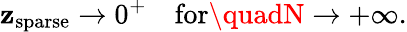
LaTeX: \mathbf{z}_{\mathrm{{sparse}}}\to0^{+}\quad\mathrm{{for}}\quadN\to+\infty.